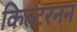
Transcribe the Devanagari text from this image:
किल्टरनन